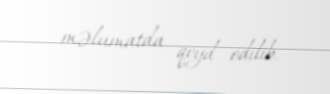
məlumatda qeyd edilib.